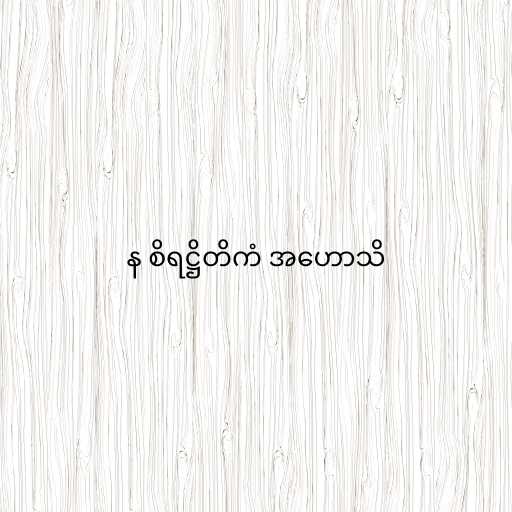
န စိရဋ္ဌိတိကံ အဟောသိ